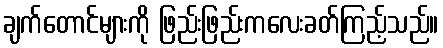
ချက်တောင်များကို ဖြည်းဖြည်းကလေးခတ်ကြည့်သည်။